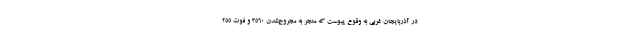
در آذربایجان غربی به وقوع پیوست که منجر به مجروح‌شدن ۳۵۶۰ و فوت ۲۵۵